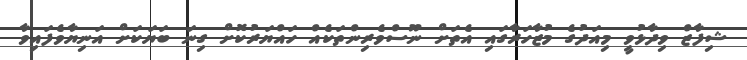
ޝިފާޒް ވިދާޅުވީ މިއަދުގެ މުޒާހަރާގައި އެތަށް ނޫސްވެރިންތަކެއް ހައްޔަރުކޮށް ގިނަ ބަޔަކަށް އަނިޔާވެފައިވާ